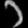
Digit: ၁